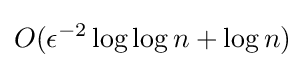
O(\epsilon ^{-2}\log \log n+\log n)